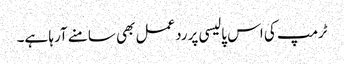
ٹرمپ کی اس پالیسی پرردعمل بھی سامنے آرہا ہے۔